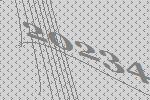
20234